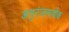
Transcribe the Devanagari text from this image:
अनुरंजनार्थक